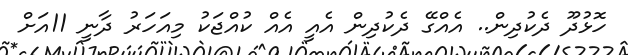
ހޮޅުދޫ ދެކުދިން.. އެއްގޭ ދެކުދިން އެއީ އެއް ކުއްޖަކު މިއަހަރު ދާނީ 11އަށް